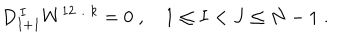
LaTeX: D _ { I + 1 } ^ { \, I } W ^ { 1 2 \ldots k } = 0 \; , \quad 1 \leq I < J \leq N - 1 \; .